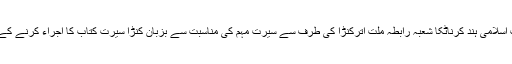
شہر کے سبھاش سرکل پر منگل کو جماعت اسلامی ہند کرناٹکا شعبہ رابطہ ملت اترکنڑا کی طرف سے سیرت مہم کی مناسبت سے بزبان کنڑا سیرت کتاب کا اجراء کرنے کے بعد وہ اپنے خیالات کااظہار کررہے تھے۔